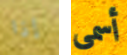
إذا أسمى